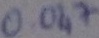
Text: 0.047